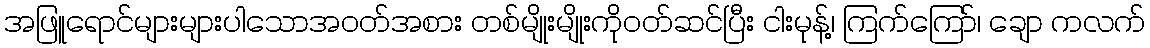
အဖြူရောင်များများပါသောအဝတ်အစား တစ်မျိုးမျိုးကိုဝတ်ဆင်ပြီး ငါးမုန့်၊ ကြက်ကြော်၊ ချော ကလက်